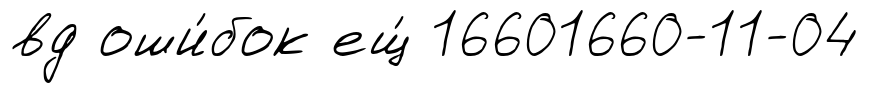
вд оши́бок ещ́ 16601660-11-04